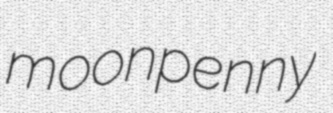
moonpenny